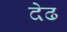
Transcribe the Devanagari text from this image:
देढ